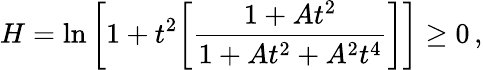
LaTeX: H=\ln\bigg[1+t^{2}\bigg[\frac{1+At^{2}}{1+At^{2}+A^{2}t^{4}}\bigg]\bigg]\geq 0\, ,